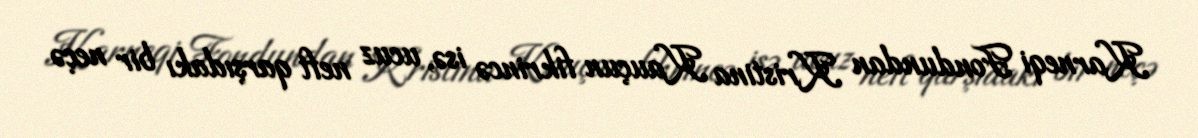
Karneqi Fondundan Kristina Kauçun fikrincə isə, ucuz neft qarşıdakı bir neçə